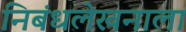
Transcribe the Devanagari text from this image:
निबंधलेखनाला